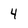
Character: 4